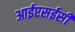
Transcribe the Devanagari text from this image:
आईएसईसी